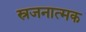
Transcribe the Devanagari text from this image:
स्रजनात्मक